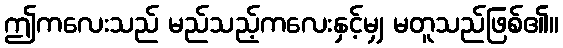
ဤကလေးသည် မည်သည့်ကလေးနှင့်မျှ မတူသည်ဖြစ်၏။